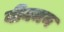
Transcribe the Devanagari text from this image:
बीक्मन